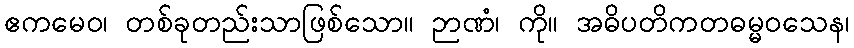
ဧကမေဝ၊ တစ်ခုတည်းသာဖြစ်သော။ ဉာဏံ၊ ကို။ အဓိပတိကတဓမ္မဝသေန၊